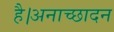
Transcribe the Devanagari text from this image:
है।अनाच्छादन